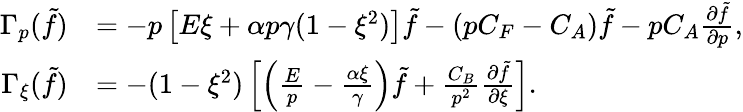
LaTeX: \begin{array}{rl}{\Gamma_{p}(\tilde{f})}&{=-p\left[E\xi+\alpha p\gamma(1-\xi^{2})\right]\tilde{f}-(pC_{F}-C_{A})\tilde{f}-pC_{A}\frac{\partial\tilde{f}}{\partial p},}\\ {\Gamma_{\xi}(\tilde{f})}&{=-(1-\xi^{2})\left[\left(\frac Ep-\frac{\alpha\xi}{\gamma}\right)\tilde{f}+\frac{C_{B}}{p^{2}}\frac{\partial\tilde{f}}{\partial\xi}\right].}\end{array}